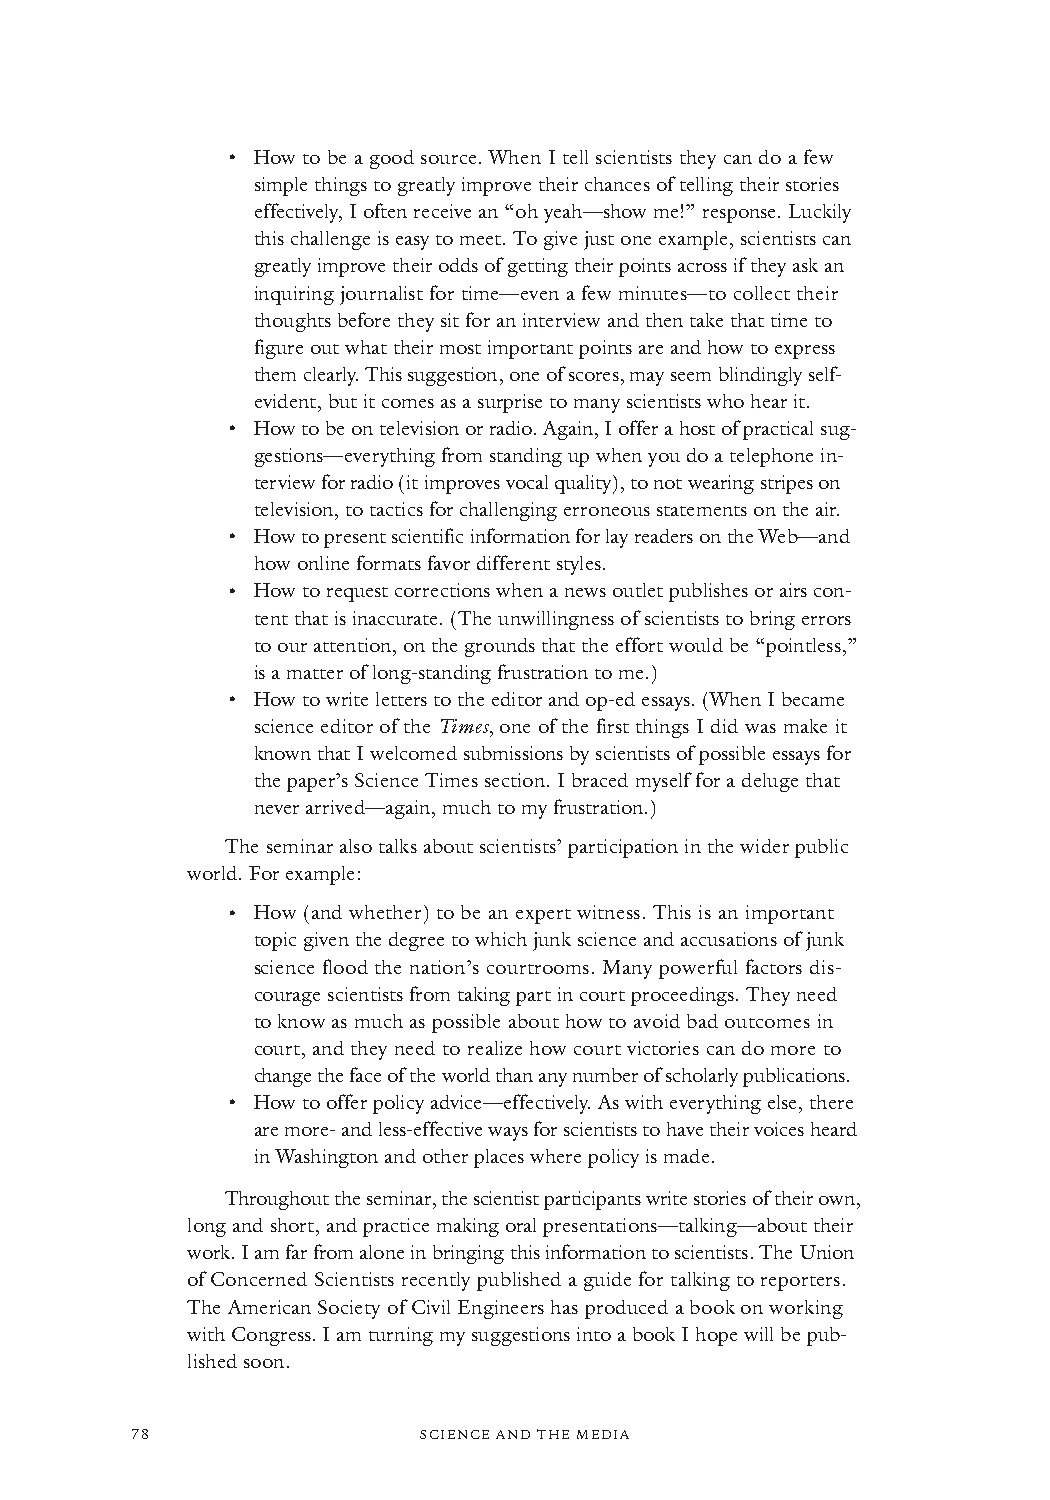
·
 How to be a good source. When I tell scientists they can do a few
 simple things to greatly improve their chances of telling their stories
 effectively, I often receive an “oh yeah—show me!” response. Luckily
 this challenge is easy to meet. To give just one example, scientists can
 greatly improve their odds of getting their points across if they ask an
 inquiring journalist for time—even a few minutes—to collect their
 thoughts before they sit for an interview and then take that time to
 figure out what their most important points are and how to express
 them clearly. This suggestion, one of scores, may seem blindingly self-
 evident, but it comes as a surprise to many scientists who hear it.
 ·
 How to be on television or radio. Again, I offer a host of practical sug-
 gestions—everything from standing up when you do a telephone in-
 terview for radio (it improves vocal quality), to not wearing stripes on
 television, to tactics for challenging erroneous statements on the air.
 ·
 How to present scientific information for lay readers on the Web—and
 how online formats favor different styles.
 ·
 How to request corrections when a news outlet publishes or airs con-
 tent that is inaccurate. (The unwillingness of scientists to bring errors
 to our attention, on the grounds that the effort would be “pointless,”
 is a matter of long-standing frustration to me.)
 ·
 How to write letters to the editor and op-ed essays. (When I became
 science editor of the Times, one of the first things I did was make it
 known that I welcomed submissions by scientists of possible essays for
 the paper’s Science Times section. I braced myself for a deluge that
 never arrived—again, much to my frustration.)
 The seminar also talks about scientists’ participation in the wider public
 world. For example:
 ·
 How (and whether) to be an expert witness. This is an important
 topic given the degree to which junk science and accusations of junk
 science flood the nation’s courtrooms. Many powerful factors dis-
 courage scientists from taking part in court proceedings. They need
 to know as much as possible about how to avoid bad outcomes in
 court, and they need to realize how court victories can do more to
 change the face of the world than any number of scholarly publications.
 ·
 How to offer policy advice—effectively. As with everything else, there
 are more- and less-effective ways for scientists to have their voices heard
 in Washington and other places where policy is made.
 Throughout the seminar, the scientist participants write stories of their own,
 long and short, and practice making oral presentations—talking—about their
 work. I am far from alone in bringing this information to scientists. The Union
 of Concerned Scientists recently published a guide for talking to reporters.
 The American Society of Civil Engineers has produced a book on working
 with Congress. I am turning my suggestions into a book I hope will be pub-
 lished soon.
 78                 SCIENCE AND THE MEDIA